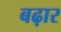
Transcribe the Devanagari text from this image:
बढ़ार